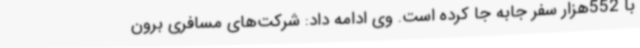
با 552هزار سفر جابه جا کرده است. وی ادامه داد: شرکت‌های مسافری برون